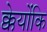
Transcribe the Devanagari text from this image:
क्केयोंकि